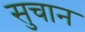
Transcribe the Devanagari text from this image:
सुचान